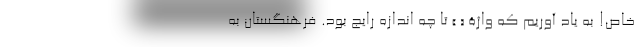
خاص! به یاد آوریم که واژۀ « » تا چه اندازه رایج بود. فرهنگستان به